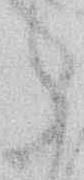
候